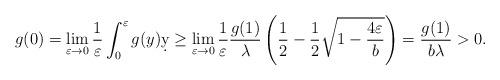
LaTeX: \begin{align*} g(0) &= \lim_{\varepsilon \to 0} \frac{1}{\varepsilon} \int_0^\varepsilon g(y)\d y \geq \lim_{\varepsilon \to 0} \frac{1}{\varepsilon} \frac{g(1)}{\lambda} \left(\frac{1}{2}-\frac{1}{2} \sqrt{1-\frac{4 \varepsilon }{b}}\right) = \frac{g(1)}{b\lambda} >0.\end{align*}